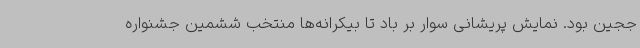
ججین بود. نمایش پریشانی سوار بر باد تا بیکرانه‌ها منتخب ششمین جشنواره